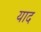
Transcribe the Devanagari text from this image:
याद